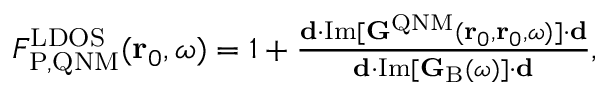
\begin{array} { r } { F _ { \mathrm { P , Q N M } } ^ { \mathrm { L D O S } } ( \mathbf { r } _ { 0 } , \omega ) = 1 + \frac { \mathbf { d } \cdot \mathrm { I m } [ \mathbf { G } ^ { \mathrm { Q N M } } ( \mathbf { r } _ { 0 } , \mathbf { r } _ { 0 } , \omega ) ] \cdot \mathbf { d } } { \mathbf { d } \cdot \mathrm { I m } [ \mathbf { G } _ { \mathrm { B } } ( \omega ) ] \cdot \mathbf { d } } , } \end{array}